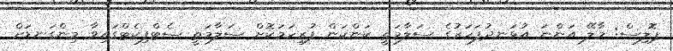
ޕޮލިސް: މާލޭ އަންނަ އުޅަނދުފަހަރުގެ ސަލާމަތީ ކަންކަން ފުރިހަމަކޮށް ސަލާމަތީ ސެޓްފިކެޓްގައިވާ މިންގަނޑަށް